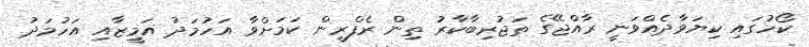
ކޯހުގައި ކިޔަވާދެއްވަނީ ރާއްޖޭގެ ތަޖުރިބާކާރު ތިން ރެފްރީން ކަމަށްވާ އަހުމަދު އަމީޒާއި އަހުމަދު